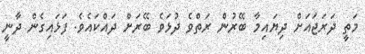
މަތީ ދަރަޖައަށް ދިޔައިމާ ބޭރުން ރަތްވެ ދުޅަވެ ބޭރަށް ދައްކައެވެ. ފަޅައިގެން ދާނީ